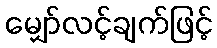
မျှော်လင့်ချက်ဖြင့်